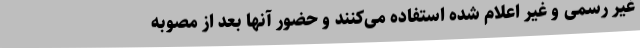
غیر رسمی و غیر اعلام شده استفاده می‌کنند و حضور آنها بعد از مصوبه